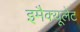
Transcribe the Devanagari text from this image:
इमैक्यूलेट